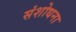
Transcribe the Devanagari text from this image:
संशोधना